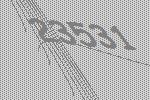
23531